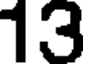
13